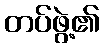
တပ်ဖွဲ့၏